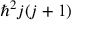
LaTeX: \hbar ^ { 2 } j ( j + 1 )